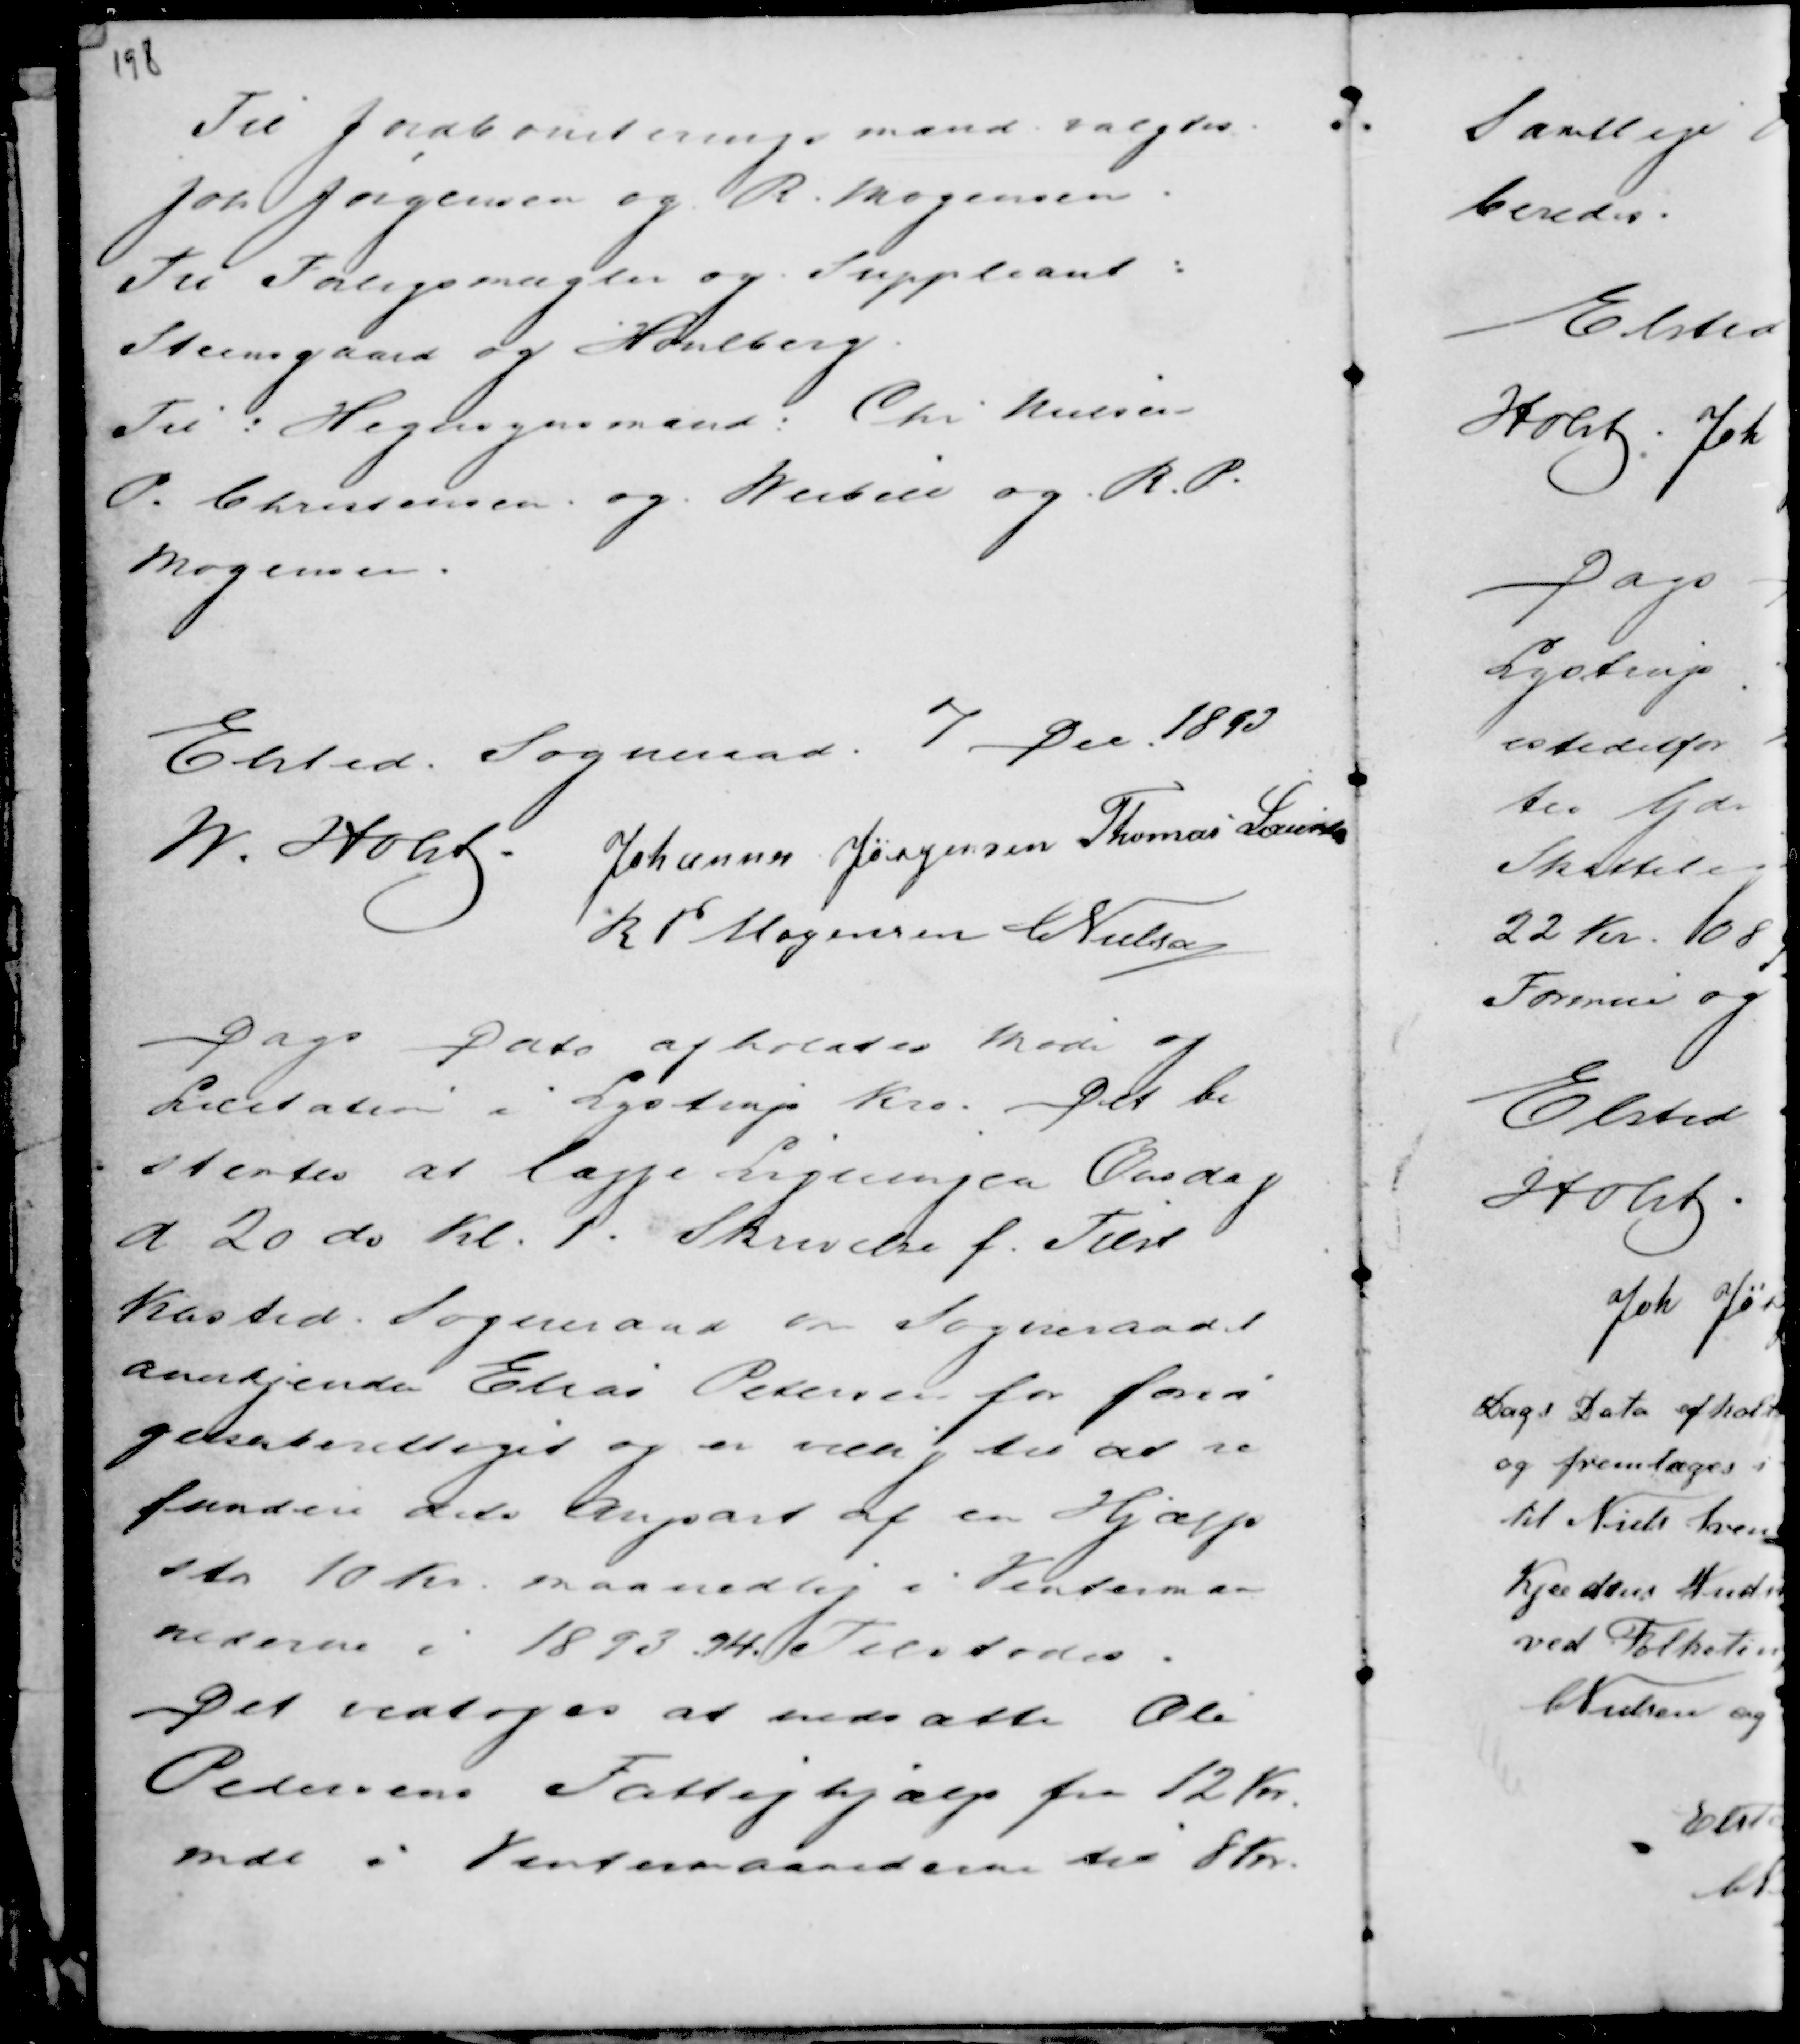
Transskription:
Til Jordboniteringsmænd valgtes
Joh Jørgensen og R. Mogensen.
Til Forligsmægler og Suppleant :
Steensgaard og Houlberg.
Til : Hegnsynsmænd : Chr. Nielsen
P. Christensen og Weibell og R. P.
Mogensen.

Elsted Sogneraad 7 Dec 1893
M. Holst . Johannes Jørgensen Thomas Laursen
R P Mogensen C Nielsen

Dags Dato afholdtes Møde og
Licitation i Lystrup Kro. Det be
stemtes at lægge Ligningen Onsdag
d 20 do Kl. 1. Skrivelse f. Tilst
Kasted Sogneraad om Sogneraadet
anerkjender Elias Pedersen for forsør
gelsesberettiget og er villig til at re
fundere dets Anpart af en Hjælp
stor 10 Kr. maanedlig i Vintermaa
nederne i 1893 . 94. Tilstodes.
Det vedtoges at nedsætte Ole
Pedersens Fattighjælp fra 12 Kr.
mdl. i Vintermaanederne til 8 Kr.